Problem: 3 × 2 = ?
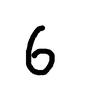
Handwritten answer: 6